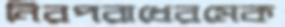
নিরপরাধেরমেক